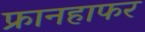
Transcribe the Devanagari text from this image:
फ्रानहाफर